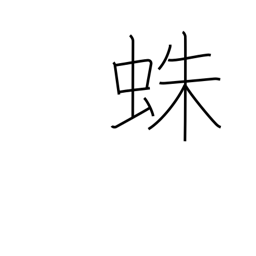
Meaning: spider